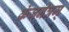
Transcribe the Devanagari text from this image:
कंजनेत्रम्‌